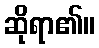
ဆိုရာ၏။